Lunatic asylums Central Provinces reports 1874-1885 - 1874-1885
Year: 1874
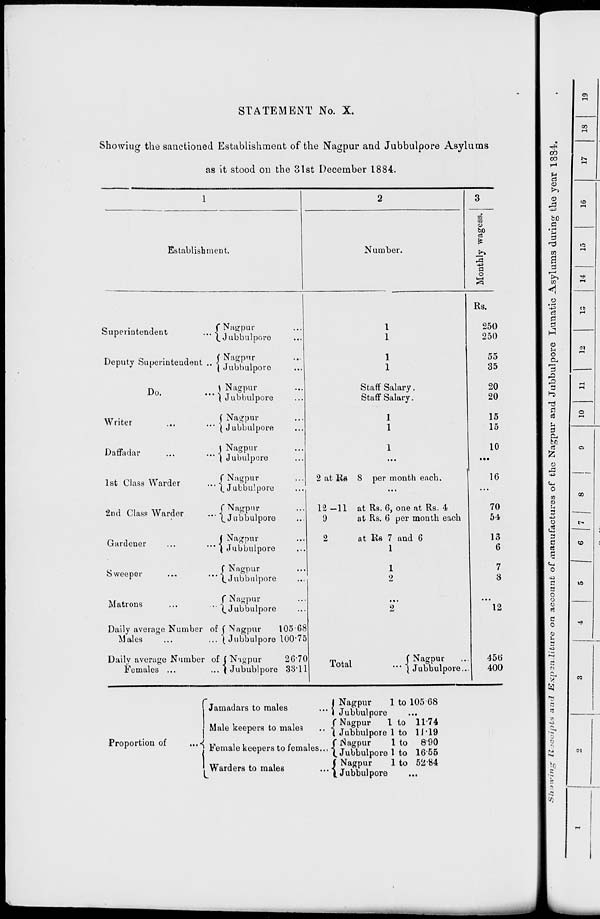
STATEMENT No. X.
Showing the sanctioned Establishment of the Nagpur and Jubbulpore Asylums
as it stood on the 31st December 1884.
1
Establishment.
Superintendent
...
Deputy Superintendent ...
Do.
...
Writer
...
...
Daffadar
...
...
1st Class Warder ...
2nd Class Warder ...
Gardener
...
...
Sweeper
...
...
Matrons ... ...
Daily average Number of
Males ... ...
Daily average Number of
Females ... ...
Nagpur ...
Jubbulpore ...
Nagpur ...
Jubbulpore ...
Nagpur ...
Jubbulpore ...
Nagpur ...
Jubbulpore ...
Nagpur ...
Jubulpore ...
Nagpur ...
Jubbulpore ...
Nagpur ...
Jubbulpore ...
Nagpur ...
Jubbulpore ...
Nagpur ...
Jubbulpore ...
Nagpur ...
Jubbulpore ...
Nagpur
105.68
Jubbulpore 100.75
Nagpur
26.70
Jubublpore 33.11
2
Number.
1
1
1
1
Staff Salary.
Staff Salary.
1
1
1
...
2 at Rs 8 per month each.
...
12—11 at Rs. 6, one at Rs. 4
9
at Rs. 6 per month each
2
at Rs 7 and 6
1
1
2
...
2
Total ...
Nagpur ...
Jubbulpore ...
3
Monthly wagess.
Rs.
250
250
55
35
20
20
15
15
10
...
16
...
70
54
13
6
7
8
...
12
456
400
Proportion of
...
Jamadars to males
...
Male keepers to males
...
Female keepers to females ...
Warders to males ...
Nagpur
1 to 105. 68
Jubbulpore ...
Nagpur
1 to 11.74
Jubbulpore 1 to 11.19
Nagpur
1 to
8.90
Jubbulpore 1 to 16.55
Nagpur
1 to 52.84
Jubbulpore ...